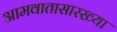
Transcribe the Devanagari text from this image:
आमवातासारख्या